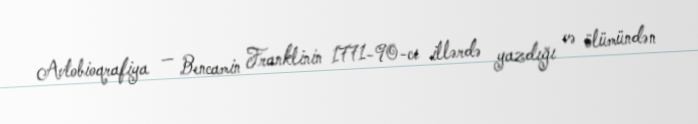
Avtobioqrafiya — Bencamin Franklinin 1771-90-cı illərdə yazdığı və ölümündən